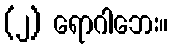
(၂) ရောဂါဘေး။